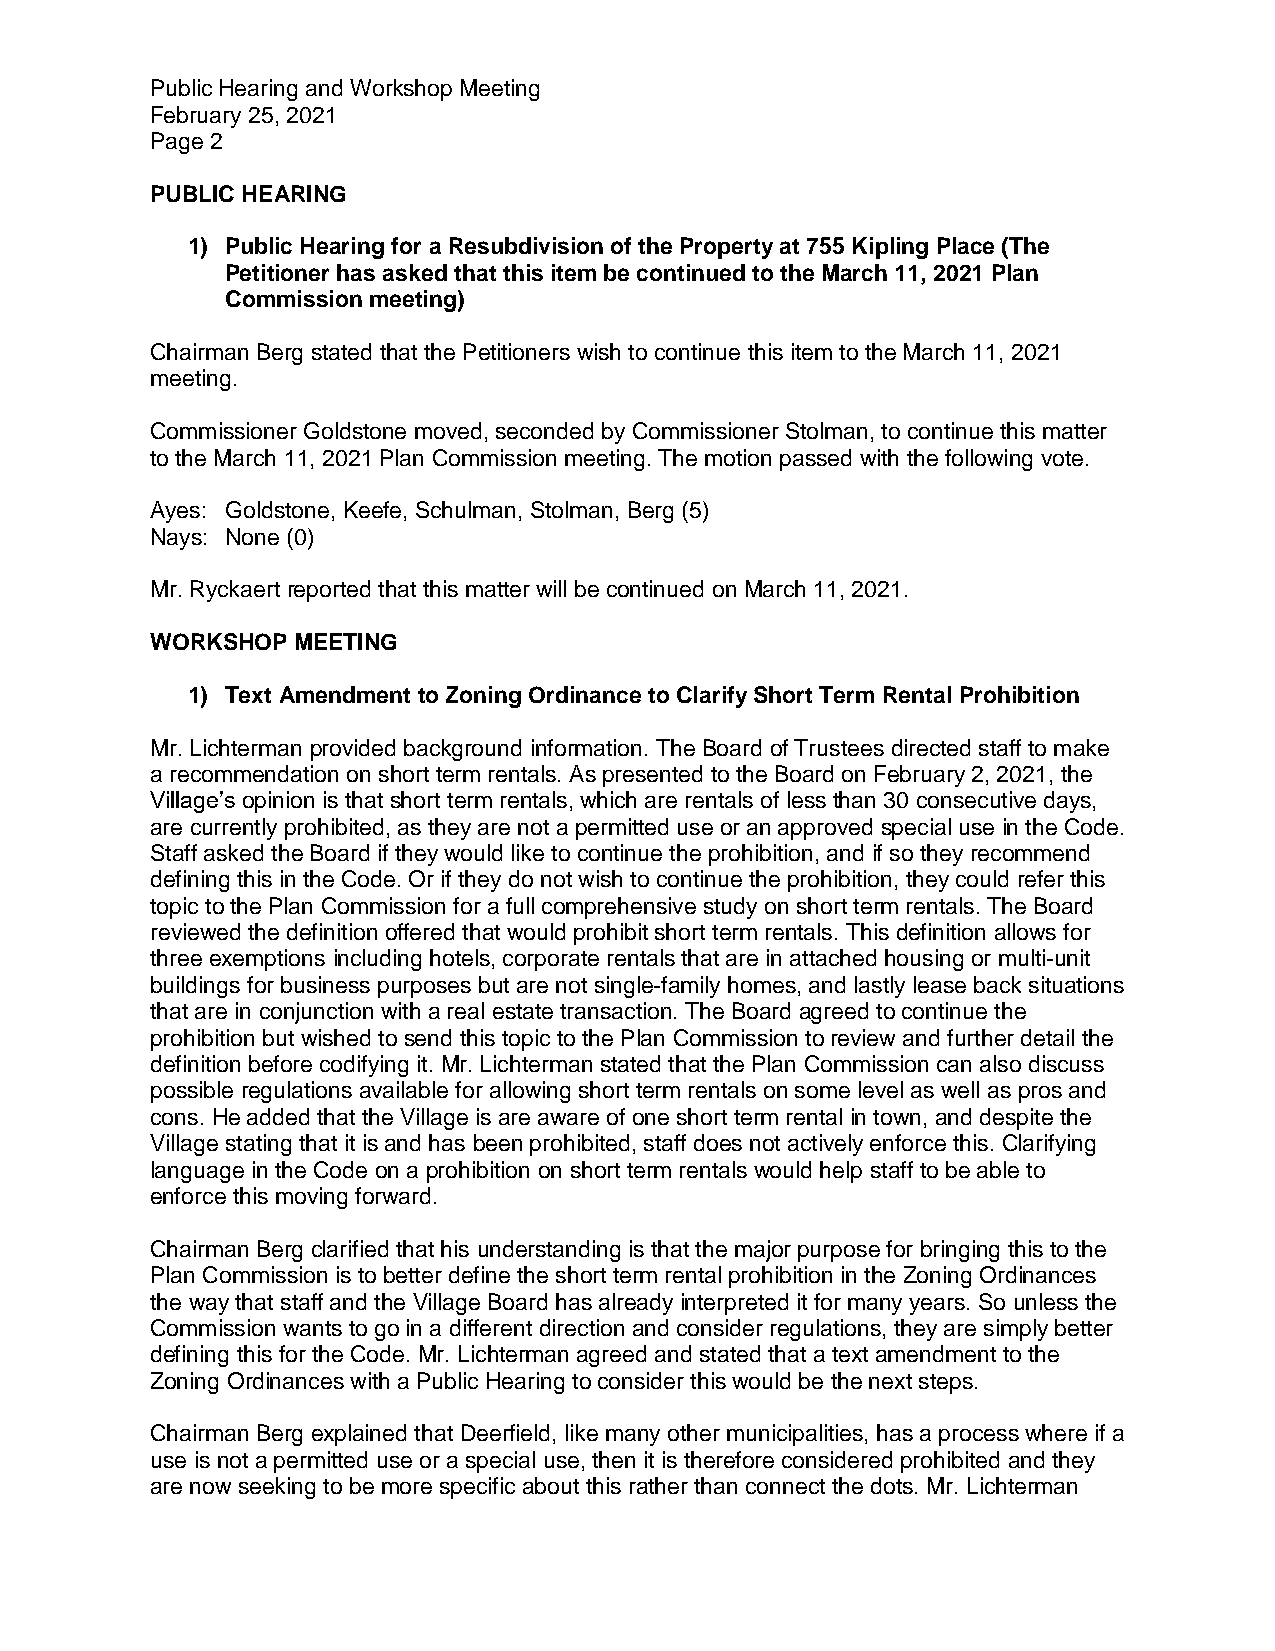
Public Hearing and Workshop Meeting
 February 25, 2021
 Page 2
 PUBLIC HEARING
 1) Public Hearing for a Resubdivision of the Property at 755 Kipling Place (The
 Petitioner has asked that this item be continued to the March 11, 2021 Plan
 Commission meeting)
 Chairman Berg stated that the Petitioners wish to continue this item to the March 11, 2021
 meeting.
 Commissioner Goldstone moved, seconded by Commissioner Stolman, to continue this matter
 to the March 11, 2021 Plan Commission meeting. The motion passed with the following vote.
 Ayes: Goldstone, Keefe, Schulman, Stolman, Berg (5)
 Nays: None (0)
 Mr. Ryckaert reported that this matter will be continued on March 11, 2021.
 WORKSHOP MEETING
 1) Text Amendment to Zoning Ordinance to Clarify Short Term Rental Prohibition
 Mr. Lichterman provided background information. The Board of Trustees directed staff to make
 a recommendation on short term rentals. As presented to the Board on February 2, 2021, the
 Village’s opinion is that short term rentals, which are rentals of less than 30 consecutive days,
 are currently prohibited, as they are not a permitted use or an approved special use in the Code.
 Staff asked the Board if they would like to continue the prohibition, and if so they recommend
 defining this in the Code. Or if they do not wish to continue the prohibition, they could refer this
 topic to the Plan Commission for a full comprehensive study on short term rentals. The Board
 reviewed the definition offered that would prohibit short term rentals. This definition allows for
 three exemptions including hotels, corporate rentals that are in attached housing or multi-unit
 buildings for business purposes but are not single-family homes, and lastly lease back situations
 that are in conjunction with a real estate transaction. The Board agreed to continue the
 prohibition but wished to send this topic to the Plan Commission to review and further detail the
 definition before codifying it. Mr. Lichterman stated that the Plan Commission can also discuss
 possible regulations available for allowing short term rentals on some level as well as pros and
 cons. He added that the Village is are aware of one short term rental in town, and despite the
 Village stating that it is and has been prohibited, staff does not actively enforce this. Clarifying
 language in the Code on a prohibition on short term rentals would help staff to be able to
 enforce this moving forward.
 Chairman Berg clarified that his understanding is that the major purpose for bringing this to the
 Plan Commission is to better define the short term rental prohibition in the Zoning Ordinances
 the way that staff and the Village Board has already interpreted it for many years. So unless the
 Commission wants to go in a different direction and consider regulations, they are simply better
 defining this for the Code. Mr. Lichterman agreed and stated that a text amendment to the
 Zoning Ordinances with a Public Hearing to consider this would be the next steps.
 Chairman Berg explained that Deerfield, like many other municipalities, has a process where if a
 use is not a permitted use or a special use, then it is therefore considered prohibited and they
 are now seeking to be more specific about this rather than connect the dots. Mr. Lichterman